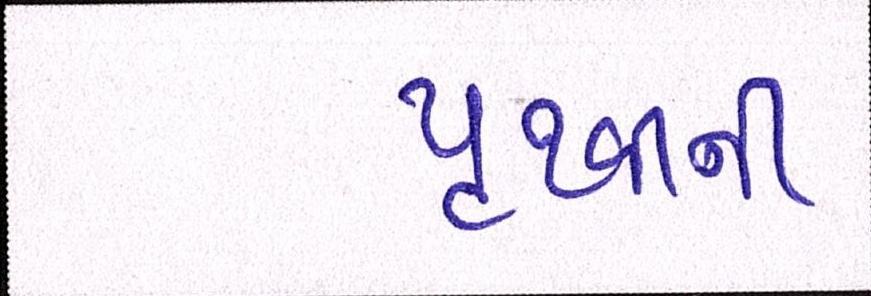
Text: પૃથ્વીની